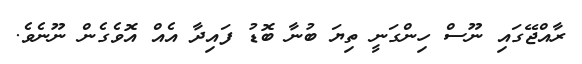
ރާއްޖޭގައި ނޫސް ހިންގަނީ ތިޔަ ބުނާ ބޮޑު ފައިދާ އެއް އޮވެގެން ނޫނެވެ.